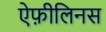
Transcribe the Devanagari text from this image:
ऐफ़ीलिनस